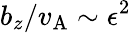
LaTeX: b_{z}/v_{\mathrm{A}}\sim\epsilon^{2}